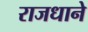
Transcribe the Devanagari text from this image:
राजधाने